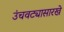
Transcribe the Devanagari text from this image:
उंचवट्यासारखे